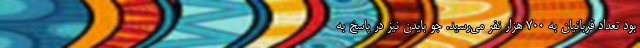
بود تعداد قربانیان به ۷۰۰ هزار نفر می‌رسید. جو بایدن نیز در پاسخ به